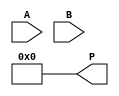
module wallace_tree_multiplier(
    input [N-1:0] A,
    input [N-1:0] B,
    output [2*N-1:0] P
);

parameter N = 8;

wire [2*N-1:0] PP[N];
wire [2*N-1:0] G[N];
wire [N-1:0] D[N];
wire [N:0] C[N];
wire [2*N-1:0] S;

assign PP[0] = {2*N{1'b0}}; // Initialize partial products

generate // Generate and accumulate partial products
    genvar i;
    for (i = 0; i < N; i = i + 1) begin
        if (i == 0) begin
            assign G[i] = {A[i], B} & {N{1'b0}};
            assign D[i] = {2*N{1'b0}};
            assign C[i] = {1'b0, G[i]};
        end else begin
            assign G[i] = {A[i], B} & {N-i{1'b0}} << i;
            assign D[i] = G[i] ^ PP[i-1];
            assign C[i] = G[i] & PP[i-1];
        end
        assign PP[i] = D[i] ^ (C[i] << 1) ^ (C[i] << 2);
    end
endgenerate

// Final reduction of partial products
assign S = {2*N{1'b0}};
generate
    genvar j;
    for (j = 0; j < N; j = j + 1) begin
        assign S = S + PP[j];
    end
endgenerate

assign P = S;

endmodule